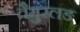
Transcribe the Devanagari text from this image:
तैमुरलङ